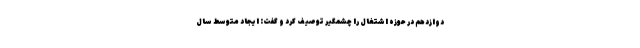
دوازدهم در حوزه اشتغال را چشمگیر توصیف کرد و گفت: ایجاد متوسط سال